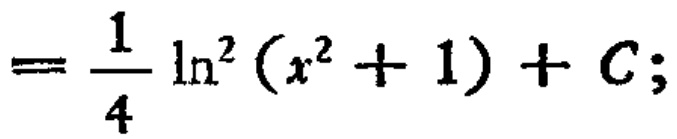
$=\frac{1}{4} \ln^{2}(x^{2}+1)+C;$